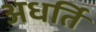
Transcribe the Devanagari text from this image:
अधर्ति